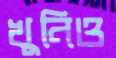
খুনিও